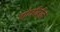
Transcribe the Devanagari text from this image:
चांदबीबीने